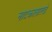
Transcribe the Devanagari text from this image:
नाटकासारखे